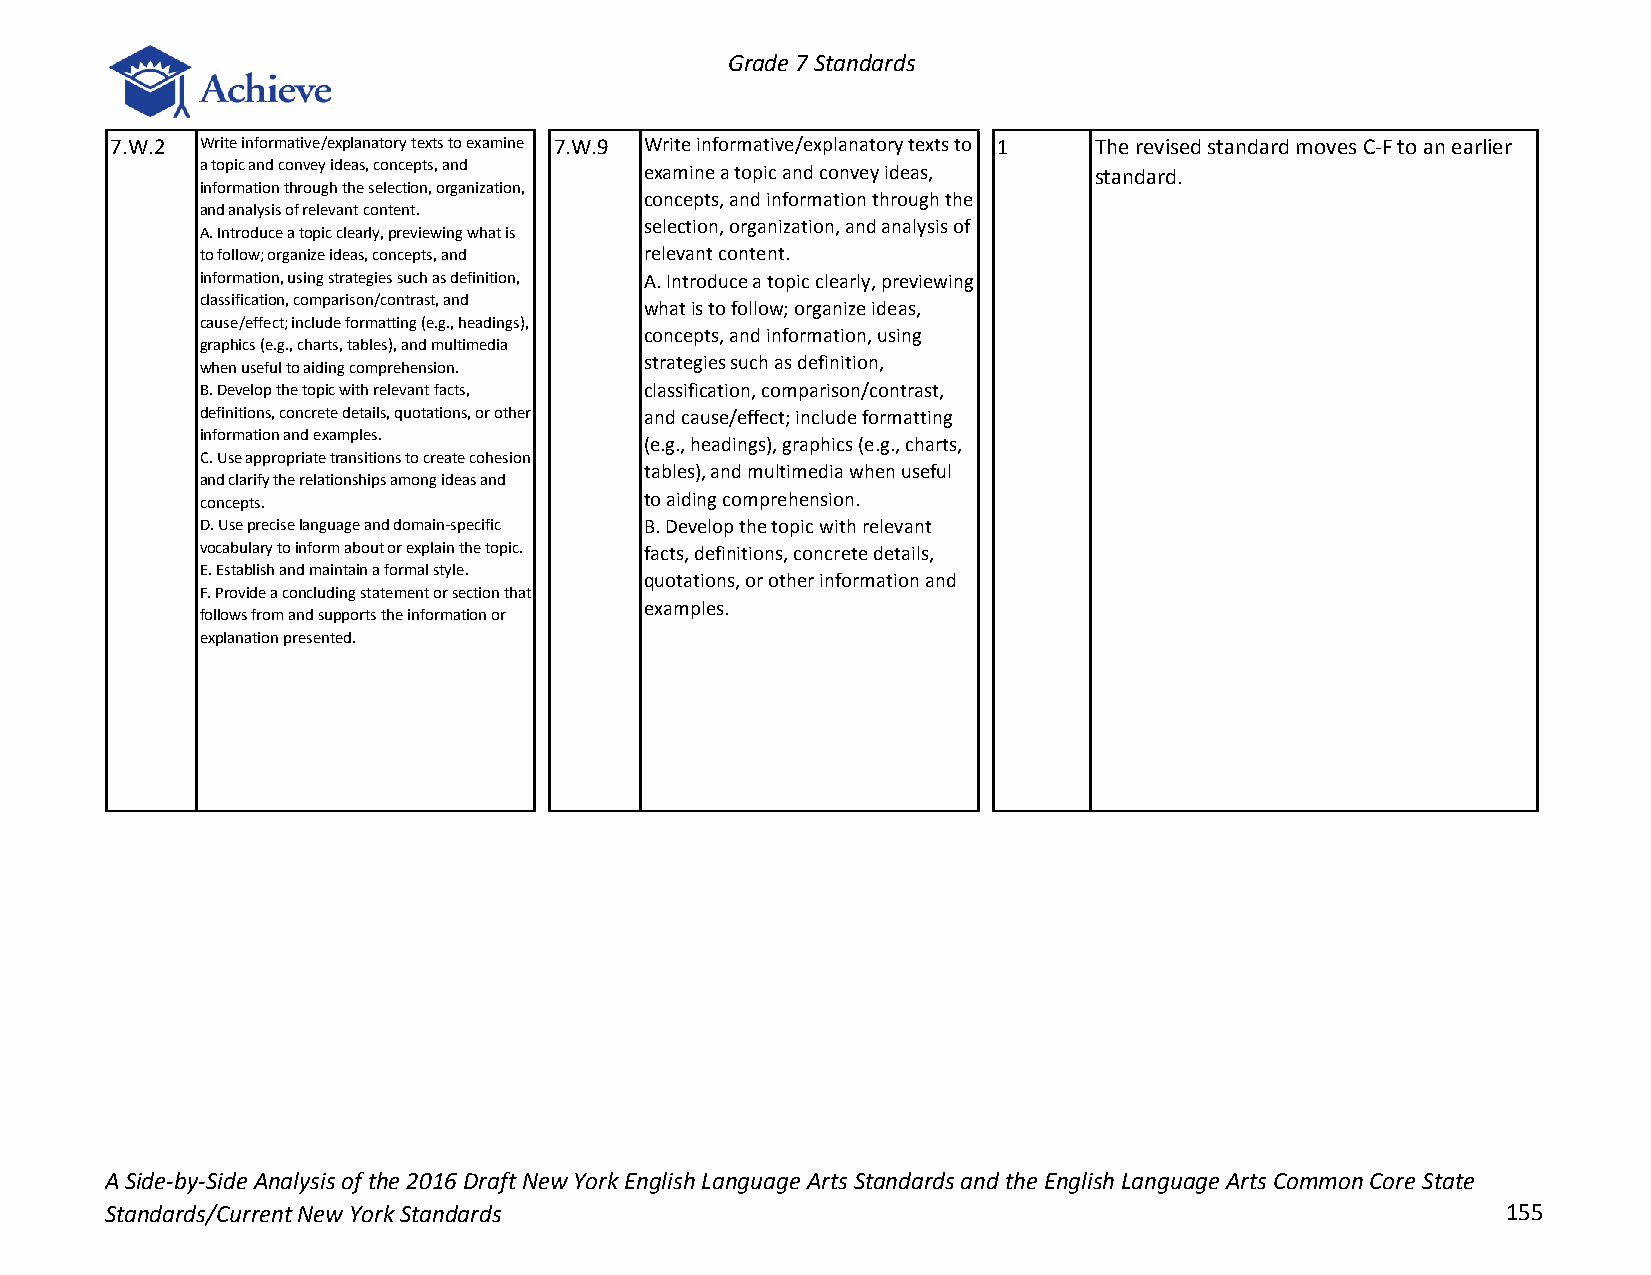
Grade 7 Standards
 7.W.2 Write informative/explanatory texts to examine 7.W.9 Write informative/explanatory texts to 1 The revised standard moves C-F to an earlier
 a topic and convey ideas, concepts, and examine a topic and convey ideas, standard.
 information through the selection, organization,
 concepts, and information through the
 and analysis of relevant content.
 selection, organization, and analysis of
 A. Introduce a topic clearly, previewing what is
 to follow; organize ideas, concepts, and relevant content.
 information, using strategies such as definition, A. Introduce a topic clearly, previewing
 classification, comparison/contrast, and
 what is to follow; organize ideas,
 cause/effect; include formatting (e.g., headings),
 concepts, and information, using
 graphics (e.g., charts, tables), and multimedia
 when useful to aiding comprehension. strategies such as definition,
 B. Develop the topic with relevant facts, classification, comparison/contrast,
 definitions, concrete details, quotations, or other and cause/effect; include formatting
 information and examples.
 (e.g., headings), graphics (e.g., charts,
 C. Use appropriate transitions to create cohesion
 tables), and multimedia when useful
 and clarify the relationships among ideas and
 concepts.                     to aiding comprehension.
 D. Use precise language and domain-specific B. Develop the topic with relevant
 vocabulary to inform about or explain the topic. facts, definitions, concrete details,
 E. Establish and maintain a formal style.
 quotations, or other information and
 F. Provide a concluding statement or section that
 examples.
 follows from and supports the information or
 explanation presented.
 A Side-by-Side Analysis of the 2016 Draft New York English Language Arts Standards and the English Language Arts Common Core State
 Standards/Current New York Standards                                                         155